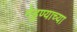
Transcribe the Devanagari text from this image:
मेहुण्याच्या